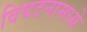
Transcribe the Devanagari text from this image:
विघटनामध्ये